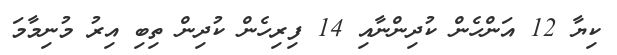
ކިޔާ 12 އަންހެން ކުދިންނާއި 14 ފިރިހެން ކުދިން ތިބި އިރު މުނިމާމަ